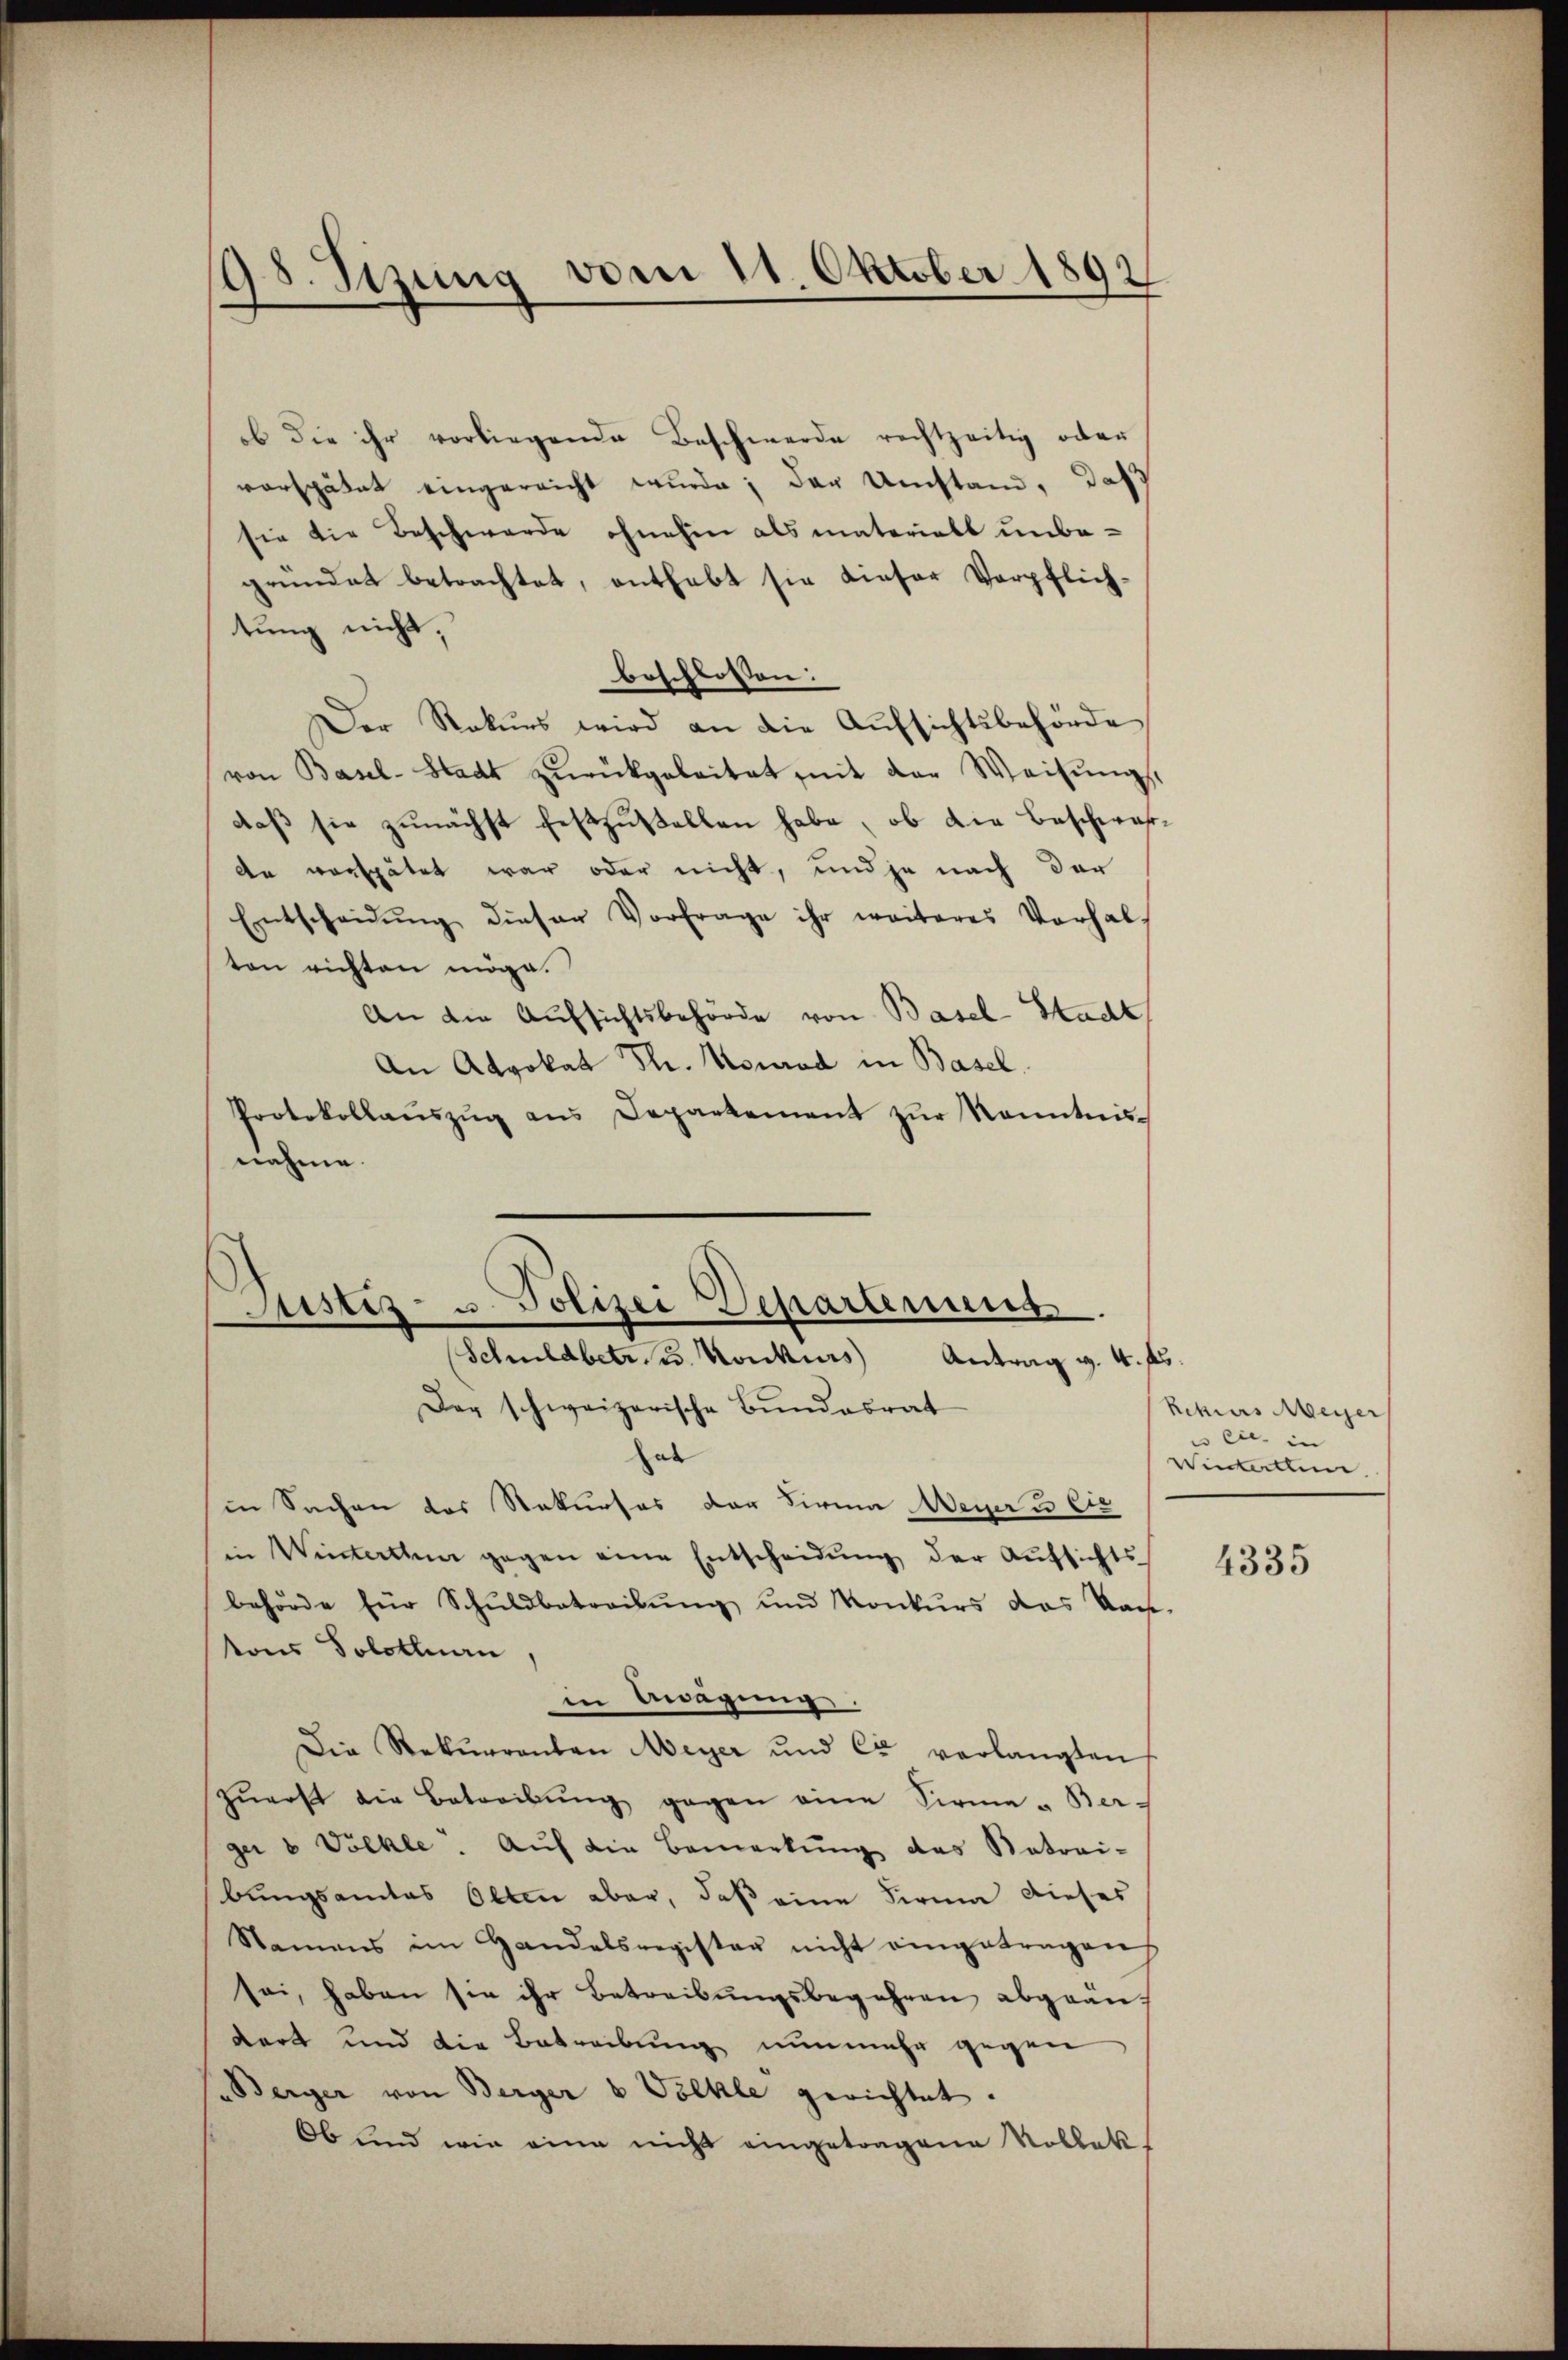
198. Sitzung vom 11. Oktober 1892

ob die ihr vorliegende Beschwerde rechtzeitig oder
verspätet eingereicht wurde; der Umstand, daß
sie die Beschwerde ohnehin als materielt unbe-
gründet betrachtet, enthebt sie dieser Verpflich,
tung nicht,
beschlossen:
Der Rekurs wird an die Aufsichtsbehörde
von Basel-Stadt zŭrückgeleitet mit der Weisŭngs
daβ sie zunächst festzustellen habe, ob die Beschwarde verspätet war oder nicht, und je nach der
Entscheidŭng dieser Vorfrage ihr weiteres Vorhal-
ten richten möge.
An die Aufsichtsbehörde von Basel-Stadt
An Advokat Th. Konrad in Basel.
Protokollaŭszŭg ans Departement zŭr Kenntnis-
nahme.

Justiz- u. Polizei Deparamens
Schuldbetr. u. Konkurs Antrag v. 4. fr
Der schweizerische Bundesrat

Das
in Sachen des Stakurses der Firma Weger 3 Eie
in Winterthen gegen eine Entscheidŭng der Aufsichts
behörde für Schŭldbetreibŭng und Konkŭrs das kan-
tons Solothurn,
in Bagung.
Die Rekurrenten Meyer und Cr verlangten
zŭerst die Betreibŭng gegen eine Firma - Ber-
ger v Völkle. Auf die Bemerkŭng des Vateri-
bungsamtes Olten aber, daß eine Firma dieses
Namens im Handelsregister nicht eingetragen
sei, haben sie ihr Betreibungsbegehren abgrandert und die Betreibung nunmehr gegen
Berger von Berger v Vöckle gerichtet.
Ob und wie eine nicht eingetragene Rollek-

Rekurs Meyer
eseits in
Winterthun

4335